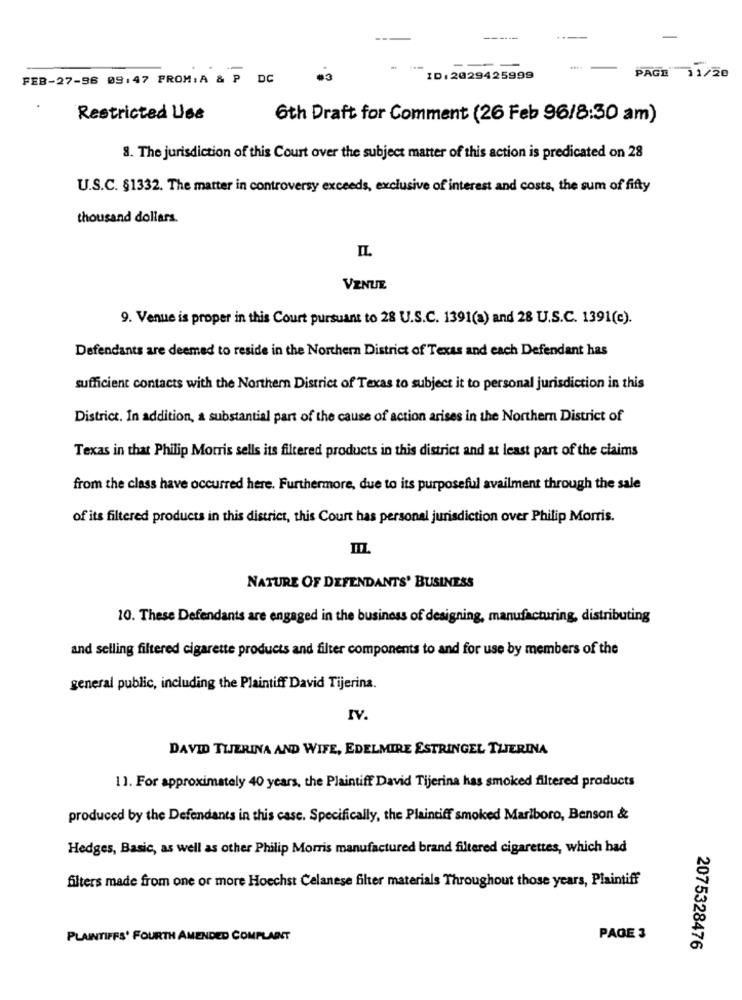
-----
PAGE11/20
FEB-27-96 09:47 PROM. A & P DC
ID: 2029425999
Restricted Use
6th Draft for Comment (26 Feb 96/8:30 am)
8. The jurisdiction of this Court over the subject matter of this action is predicated on 28
U.S.C. §1332. The matter in controversy exceeds, exclusive of interest and costs, the sum of fifty
thousand dollars.
VENUE
9. Venue is proper in this Court pursuant to 28 U.S.C. 1391(a) and 28 U.S.C. 1391(e).
Defendants are deemed to reside in the Northern District of Texas and each Defendant has
sufficient contacts with the Northern District of Texas to subject it to personal jurisdiction in this
District. In addition, a substantial part of the cause of action arises in the Northern District of
Texas in that Philip Morris sells its filtered products in this district and at least part of the claims
from the class have occurred here. Furthermore, due to its purposeful availment through the sale
of its filtered products in this district, this Court has personal jurisdiction over Philip Morris.
NATURE OF DEFENDANTS' BUSINESS
10. These Defendants are engaged in the business of designing, manufacturing, distributing
and selling filtered cigarette products and filter components to and for use by members of the
general public, including the Plaintiff David Tijerina.
IV.
DAVID TIJERINA AND WIFE, EDELMIRE ESTRINGEL TLERINA
11. For approximately 40 years, the Plaintiff David Tijerina has smoked filtered products
produced by the Defendants in this case. Specifically, the Plaintiff smoked Marlboro, Benson &
Hedges, Basic, as well as other Philip Morris manufactured brand filtered cigarettes, which had
filters made from one or more Hoechst Celanese filter materials Throughout those years, Plaintiff
PLAINTIFFS' FOURTH AMENDED COMPLAINT
PAGE 3
2075328476